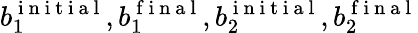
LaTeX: b_{1}^{\mathrm{~i~n~i~t~i~a~l~}},b_{1}^{\mathrm{~f~i~n~a~l~}},b_{2}^{\mathrm{~i~n~i~t~i~a~l~}},b_{2}^{\mathrm{~f~i~n~a~l~}}